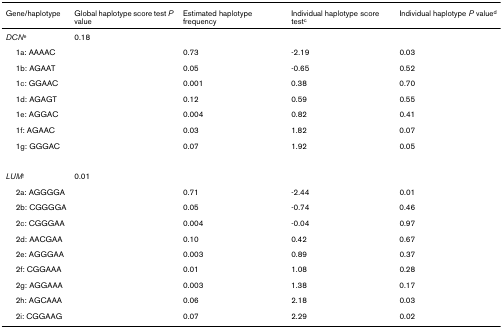
| Gene/haplotype | Global haplotype score test P value | Estimated haplotype frequency | Individual haplotype score testc | Individual haplotype P valued |
 | --- | --- | --- | --- | --- |
 | DCNe | 0.18 |  |  |  |
 | 1a: AAAAC |  | 0.73 | -2.19 | 0.03 |
 | 1b: AGAAT |  | 0.05 | -0.65 | 0.52 |
 | 1c: GGAAC |  | 0.001 | 0.38 | 0.70 |
 | 1d: AGAGT |  | 0.12 | 0.59 | 0.55 |
 | 1e: AGGAC |  | 0.004 | 0.82 | 0.41 |
 | 1f: AGAAC |  | 0.03 | 1.82 | 0.07 |
 | 1g: GGGAC |  | 0.07 | 1.92 | 0.05 |
 | LUMf | 0.01 |  |  |  |
 | 2a: AGGGGA |  | 0.71 | -2.44 | 0.01 |
 | 2b: CGGGGA |  | 0.05 | -0.74 | 0.46 |
 | 2c: CGGGAA |  | 0.004 | -0.04 | 0.97 |
 | 2d: AACGAA |  | 0.10 | 0.42 | 0.67 |
 | 2e: AGGGAA |  | 0.003 | 0.89 | 0.37 |
 | 2f: CGGAAA |  | 0.01 | 1.08 | 0.28 |
 | 2g: AGGAAA |  | 0.003 | 1.38 | 0.17 |
 | 2h: AGCAAA |  | 0.06 | 2.18 | 0.03 |
 | 2i: CGGAAG |  | 0.07 | 2.29 | 0.02 |